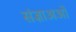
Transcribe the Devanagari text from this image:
संज्ञाअओं